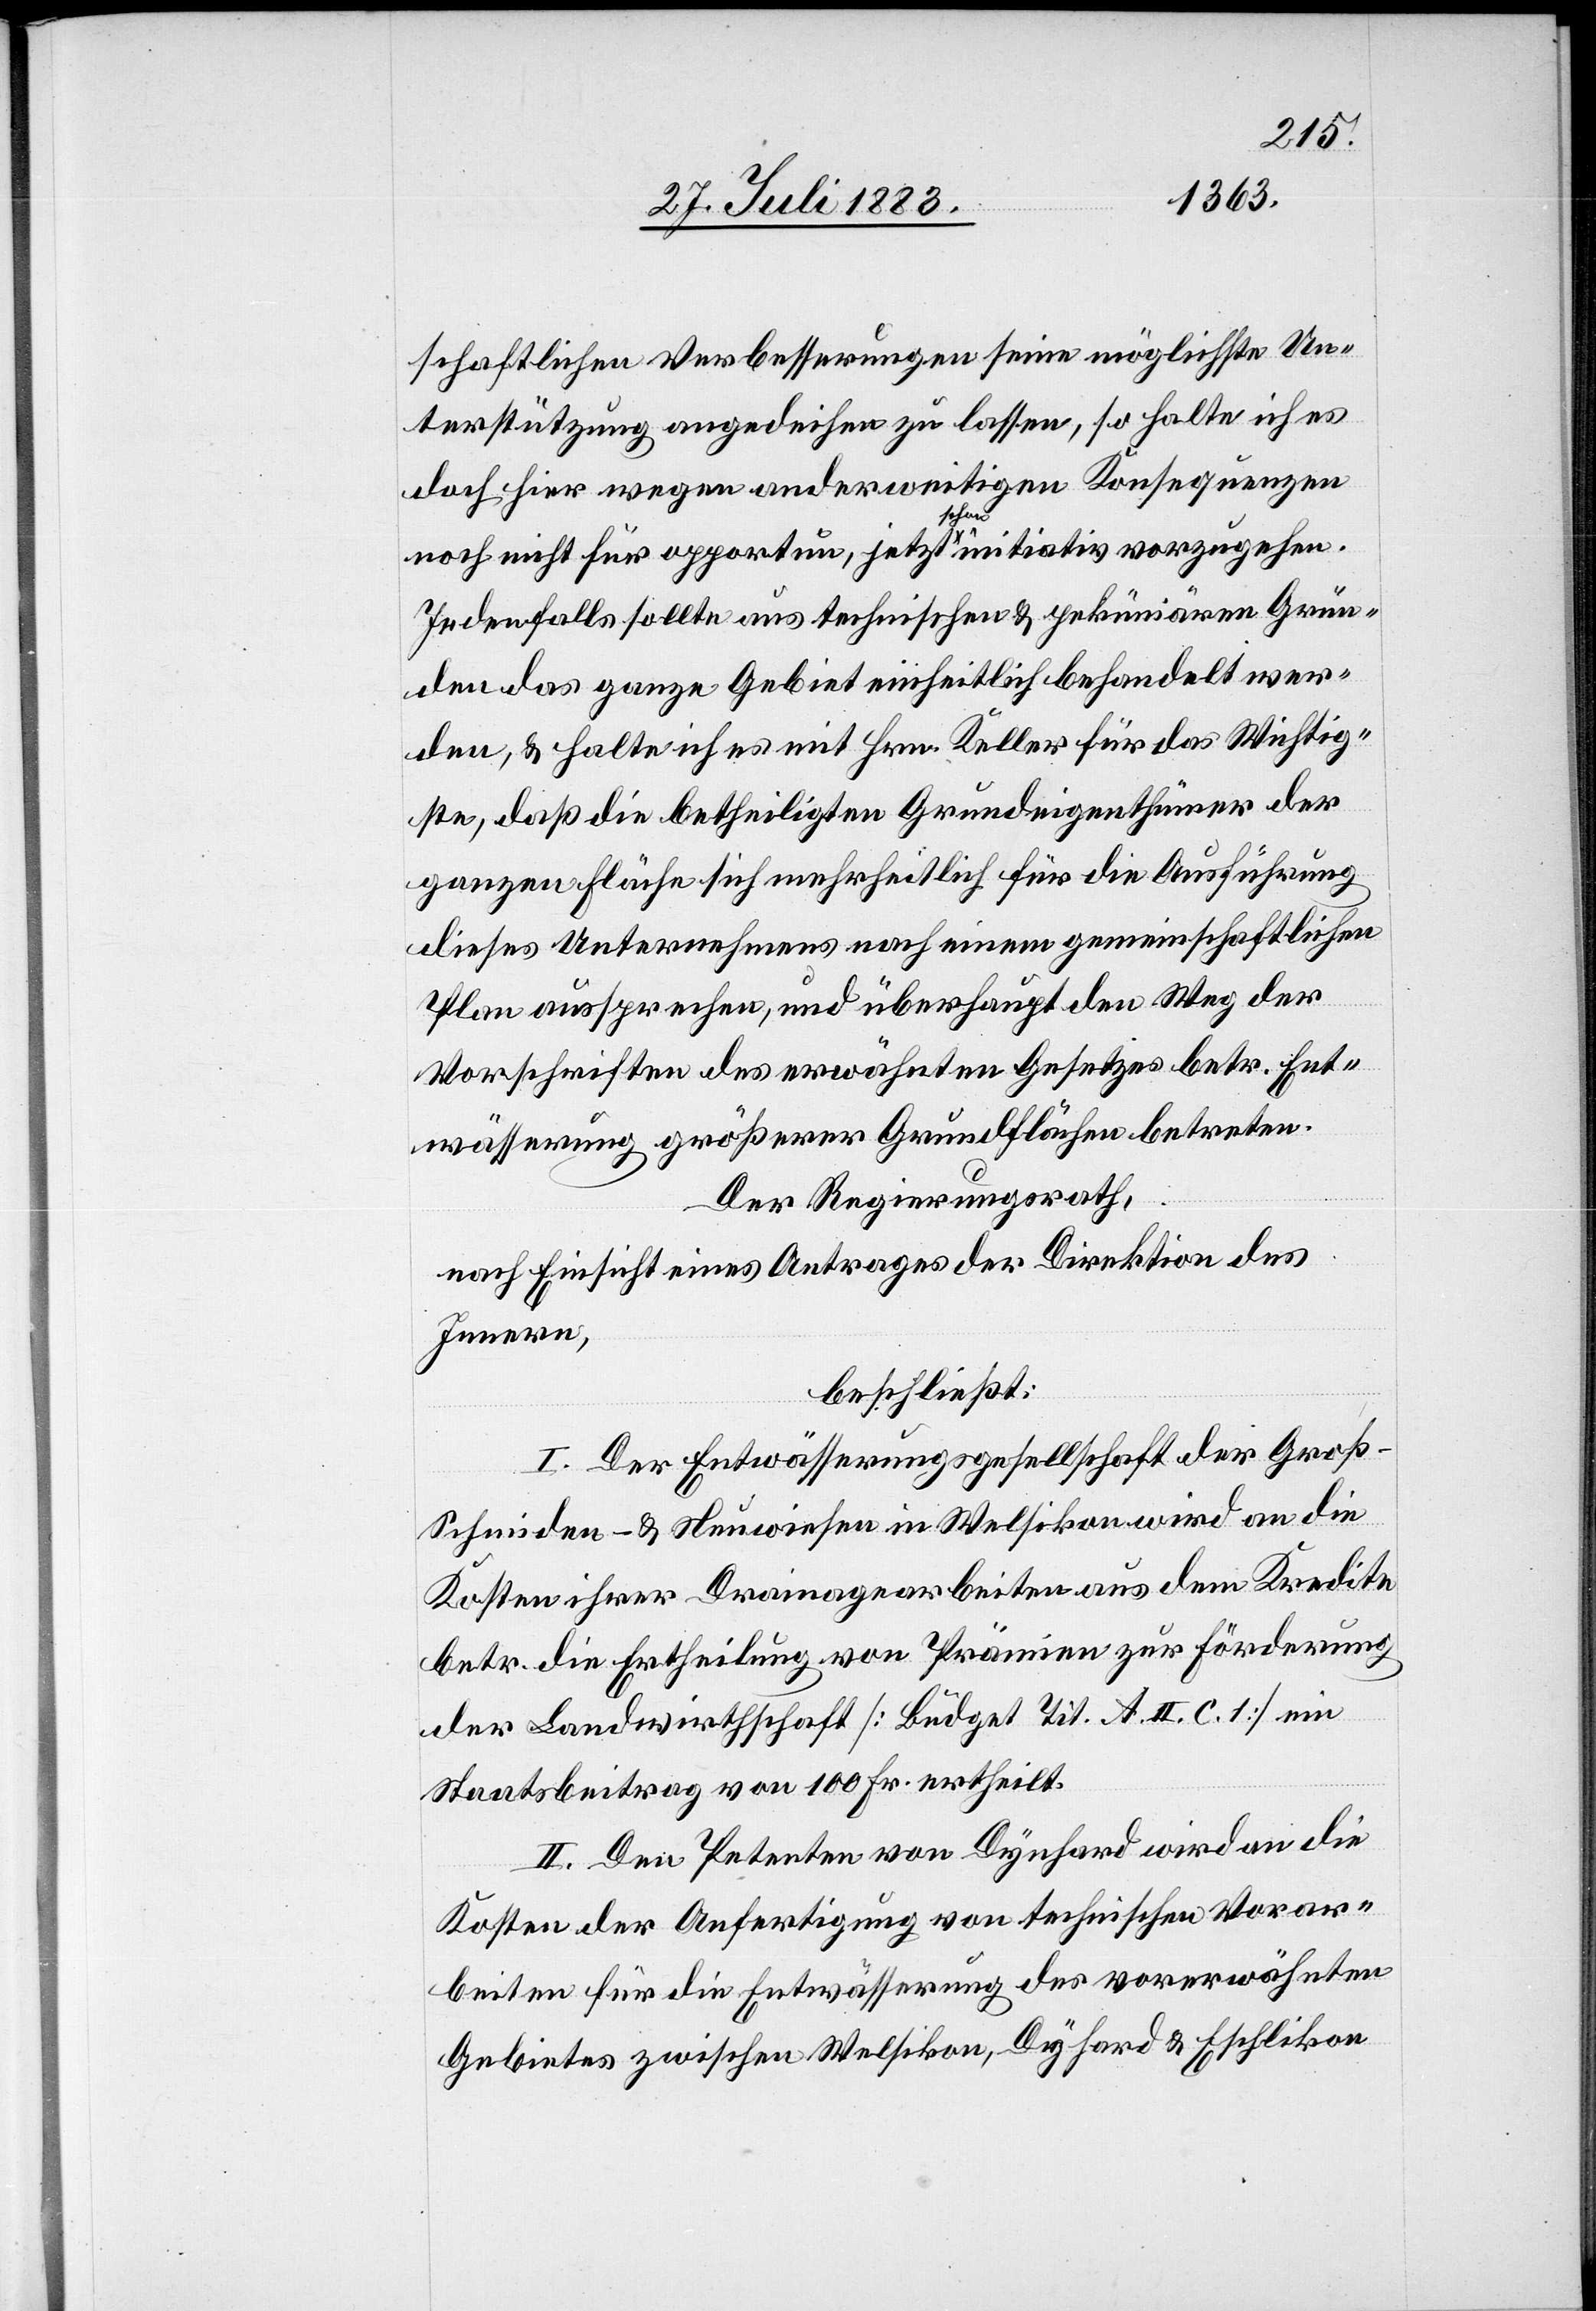
schaftlichen Verbesserungen seine möglichste Un¬
terstützung angedeihen zu lassen, so halte ich es
doch hier wegen anderweitigen Konsequenzen
noch nicht für opportun, jetzt schon initiativ vorzugehen.
Jedenfalls sollte aus technischen & pekuniären Grün¬
den das ganze Gebiet einheitlich behandelt wer¬
den, & halte ich es mit Hrn. Keller für das Wichtig¬
ste, daß die betheiligten Grundeigenthümer der
ganzen Fläche sich mehrheitlich für die Ausführung
dieses Unternehmens nach einem gemeinschaftlichen
Plan aussprechen, und überhaupt der Weg der
Vorschriften des erwähnten Gesetzes betr. Ent¬
wässerung größerer Grundflächen betreten.
Der Regierungsrath,
nach Einsicht eines Antrages der Direktion des
Innern,
beschließt:
I. Der Entwässerungsgesellschaft der Groß-S¬
chmiden- & Neuwiesen in Welsikon wird an die
Kosten ihrer Drainagearbeiten aus dem Kredite
betr. die Ertheilung von Prämien zur Förderung
der Landwirthschaft [Büdget Tit. A. II. C. 1] ein
Staatsbeitrag von 100 Fr. ertheilt.
II. Den Petenten von Dynhard wird an die
Kosten der Anfertigung von technischen Vorar¬
beiten für die Entwässerung des vorerwähnten
Gebietes zwischen Welsikon, Dynhard & Eschlikon